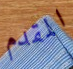
المقدم